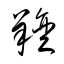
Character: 羶